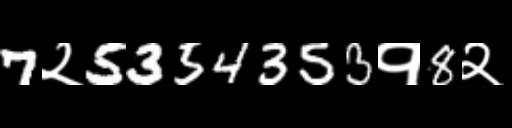
Text: 7२5354353१8२